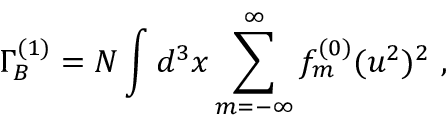
\Gamma _ { B } ^ { ( 1 ) } = N \int d ^ { 3 } x \sum _ { m = - \infty } ^ { \infty } f _ { m } ^ { ( 0 ) } ( u ^ { 2 } ) ^ { 2 } \ ,